Indian journal of veterinary science and animal husbandry - Volume 6,
Year: 1936
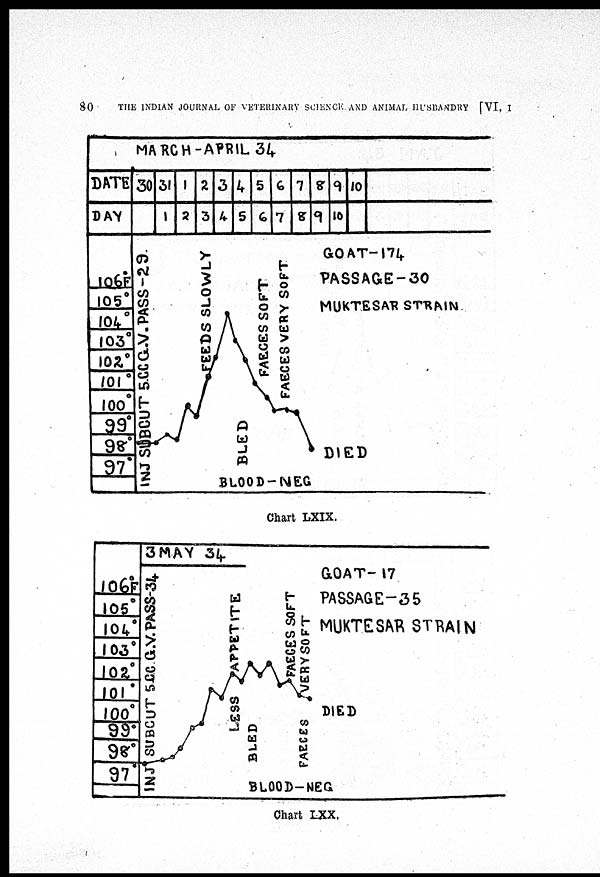
80
THE INDIAN JOURNAL OF VETERINARY SCIENCE AND ANIMAL HUSBANDRY [VI, I
Chart LXIX.
Chart LXX.